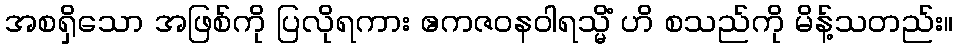
အစရှိသော အဖြစ်ကို ပြလိုရကား ဧကဇဝနဝါရသ္မိံ ဟိ စသည်ကို မိန့်သတည်း။